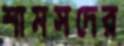
শামসদের